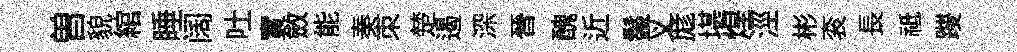
曽貌綰睡阔吐實斂能奏朿楚遏深晉醜近鬣义厖堪煌涇彬衮長祗躞